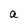
Character: a